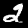
Digit: 2